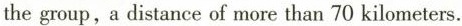
the group,a distance of more than 70 kilometers.